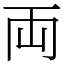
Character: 両